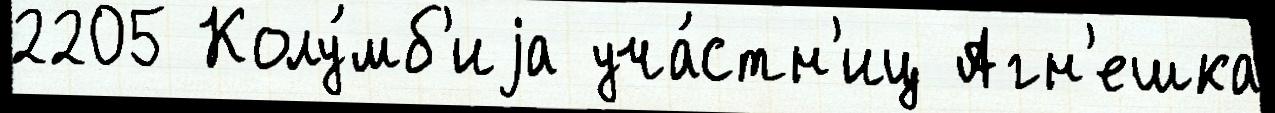
2205 Колу́мб'иjа уча́стн'иц Агн'ешка